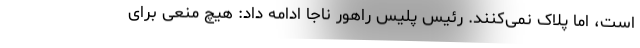
است، اما پلاک نمی‌کنند. رئیس پلیس راهور ناجا ادامه داد: هیچ منعی برای